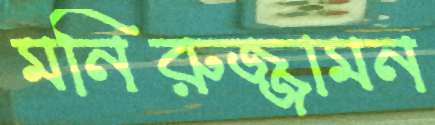
মনিরুজ্জামন